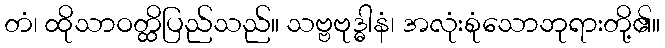
တံ၊ ထိုသာဝတ္ထိပြည်သည်။ သဗ္ဗဗုဒ္ဓါနံ၊ အလုံးစုံသောဘုရားတို့၏။